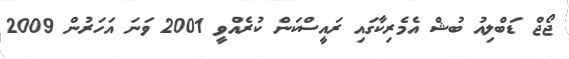
ޖޯޖް ޑަބްލިއު ބުޝް އެމެރިކާގައި ރައީސްކަން ކުރެއްވީ 2001 ވަނަ އަހަރުން 2009